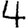
Digit: 4